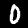
Digit: 0